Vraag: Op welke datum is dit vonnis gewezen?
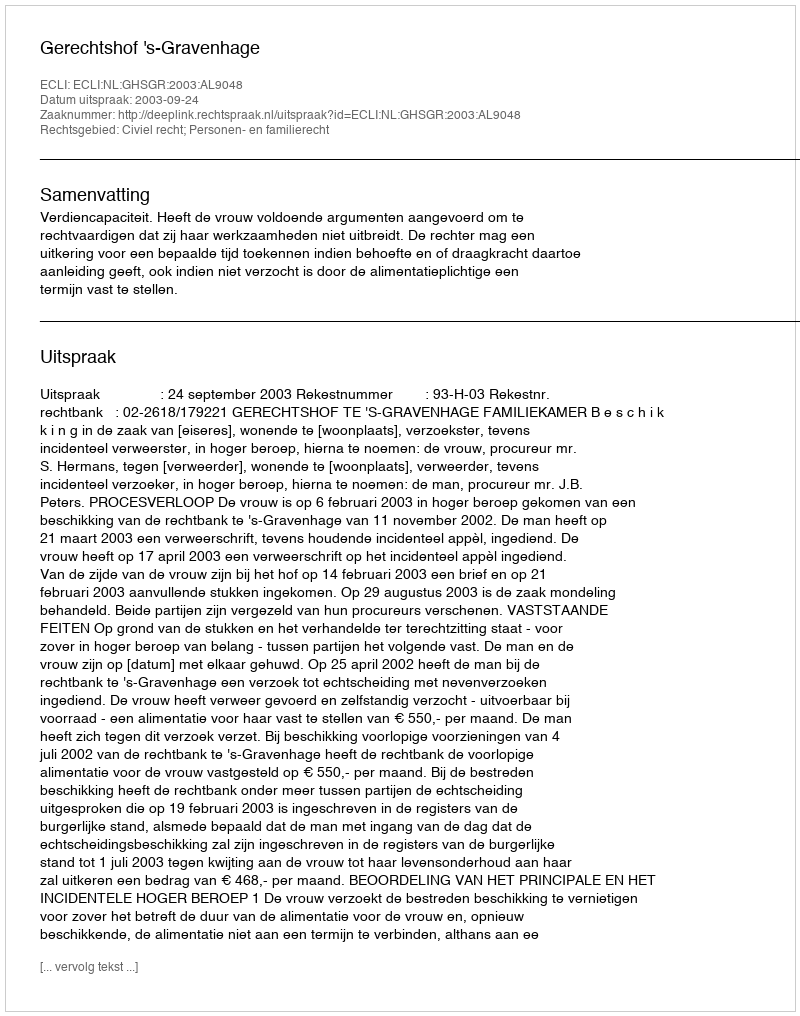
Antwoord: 2003-09-24